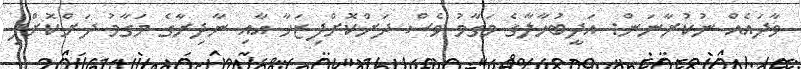
ވާދައެއް ނުކުރާނަން: އަދީބުހާލާގެ މަގާމު ވެސް ދަށްކޮށްފިޒަހާ އާއި ނާދިރާގެ މަގާމު ދަށްކޮށްފި